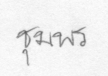
ชุมพร